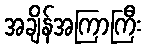
အချိန်အကြာကြီး